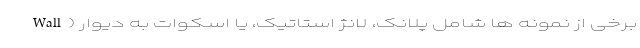
برخی از نمونه ها شامل پلانک، لانژ استاتیک، یا اسکوات به دیوار (Wall